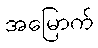
အမြောက်